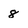
Character: 8